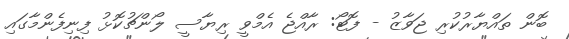
ބޮން ތައްޔާރުކުރި ޖަވާޒު - ފޮޓޯ: ރާއްޖެ އެމްވީ ރިޔާސީ ލޯންޗުކޮޅު ފިނިފެންމާގައި